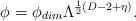
LaTeX: \begin{align*}\phi = \phi_{dim} \Lambda^{\frac{1}{2}(D-2+\eta)}.\end{align*}